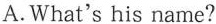
A.What's his name?